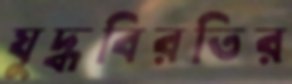
যুদ্ধবিরতির